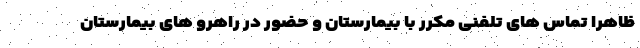
ظاهراً تماس های تلفنی مکرر با بیمارستان و حضور در راهرو های بیمارستان